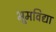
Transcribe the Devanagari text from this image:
भूमविद्या